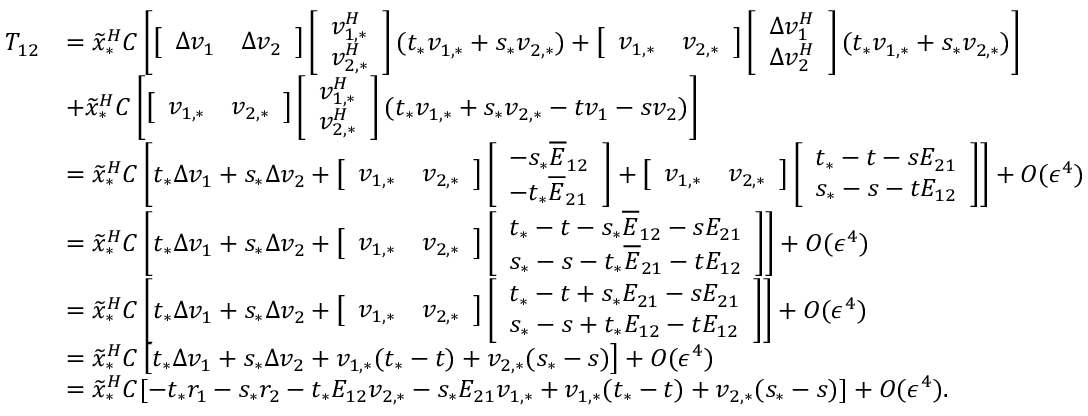
\begin{array} { r l } { T _ { 1 2 } } & { = \widetilde { x } _ { * } ^ { H } C \left[ \left[ \begin{array} { l l } { \Delta v _ { 1 } } & { \Delta v _ { 2 } } \end{array} \right] \left[ \begin{array} { l } { v _ { 1 , * } ^ { H } } \\ { v _ { 2 , * } ^ { H } } \end{array} \right] ( t _ { * } v _ { 1 , * } + s _ { * } v _ { 2 , * } ) + \left[ \begin{array} { l l } { v _ { 1 , * } } & { v _ { 2 , * } } \end{array} \right] \left[ \begin{array} { l } { \Delta v _ { 1 } ^ { H } } \\ { \Delta v _ { 2 } ^ { H } } \end{array} \right] ( t _ { * } v _ { 1 , * } + s _ { * } v _ { 2 , * } ) \right] } \\ & { + \widetilde { x } _ { * } ^ { H } C \left[ \left[ \begin{array} { l l } { v _ { 1 , * } } & { v _ { 2 , * } } \end{array} \right] \left[ \begin{array} { l } { v _ { 1 , * } ^ { H } } \\ { v _ { 2 , * } ^ { H } } \end{array} \right] ( t _ { * } v _ { 1 , * } + s _ { * } v _ { 2 , * } - t v _ { 1 } - s v _ { 2 } ) \right] } \\ & { = \widetilde { x } _ { * } ^ { H } C \left[ t _ { * } \Delta v _ { 1 } + s _ { * } \Delta v _ { 2 } + \left[ \begin{array} { l l } { v _ { 1 , * } } & { v _ { 2 , * } } \end{array} \right] \left[ \begin{array} { l } { - s _ { * } \overline { { E } } _ { 1 2 } } \\ { - t _ { * } \overline { { E } } _ { 2 1 } } \end{array} \right] + \left[ \begin{array} { l l } { v _ { 1 , * } } & { v _ { 2 , * } } \end{array} \right] \left[ \begin{array} { l } { t _ { * } - t - s E _ { 2 1 } } \\ { s _ { * } - s - t E _ { 1 2 } } \end{array} \right] \right] + O ( \epsilon ^ { 4 } ) } \\ & { = \widetilde { x } _ { * } ^ { H } C \left[ t _ { * } \Delta v _ { 1 } + s _ { * } \Delta v _ { 2 } + \left[ \begin{array} { l l } { v _ { 1 , * } } & { v _ { 2 , * } } \end{array} \right] \left[ \begin{array} { l } { t _ { * } - t - s _ { * } \overline { { E } } _ { 1 2 } - s E _ { 2 1 } } \\ { s _ { * } - s - t _ { * } \overline { { E } } _ { 2 1 } - t E _ { 1 2 } } \end{array} \right] \right] + O ( \epsilon ^ { 4 } ) } \\ & { = \widetilde { x } _ { * } ^ { H } C \left[ t _ { * } \Delta v _ { 1 } + s _ { * } \Delta v _ { 2 } + \left[ \begin{array} { l l } { v _ { 1 , * } } & { v _ { 2 , * } } \end{array} \right] \left[ \begin{array} { l } { t _ { * } - t + s _ { * } E _ { 2 1 } - s E _ { 2 1 } } \\ { s _ { * } - s + t _ { * } E _ { 1 2 } - t E _ { 1 2 } } \end{array} \right] \right] + O ( \epsilon ^ { 4 } ) } \\ & { = \widetilde { x } _ { * } ^ { H } C \left[ t _ { * } \Delta v _ { 1 } + s _ { * } \Delta v _ { 2 } + v _ { 1 , * } ( t _ { * } - t ) + v _ { 2 , * } ( s _ { * } - s ) \right] + O ( \epsilon ^ { 4 } ) } \\ & { = \widetilde { x } _ { * } ^ { H } C [ - t _ { * } r _ { 1 } - s _ { * } r _ { 2 } - t _ { * } E _ { 1 2 } v _ { 2 , * } - s _ { * } E _ { 2 1 } v _ { 1 , * } + v _ { 1 , * } ( t _ { * } - t ) + v _ { 2 , * } ( s _ { * } - s ) ] + O ( \epsilon ^ { 4 } ) . } \end{array}